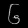
Digit: ၆